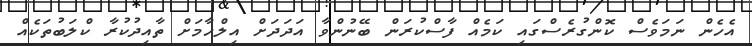
އެހެން ނަމަވެސް ކޮންގުރެސްގައި ކަމެއް ފާސްކުރަން ބޭނުންވާ އަދަދަށް އިލްހާމަށް ތާއިދުކުރާ ކްލަބުތަކެއް